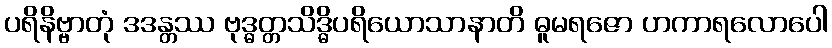
ပရိနိဗ္ဗာတုံ ဒဒန္တဿ ဗုဒ္ဓတ္တသိဒ္ဓိပရိယောသာနာတိ ဓူမရဇော ဟကာရလောပေါ